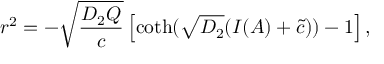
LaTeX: r ^ { 2 } = - \sqrt { \frac { D _ { 2 } Q } { c } } \left[ \coth ( \sqrt { D _ { 2 } } ( I ( A ) + \tilde { c } ) ) - 1 \right] ,